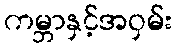
ကမ္ဘာနှင့်အဝှမ်း